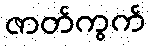
ဇာတ်ကွက်